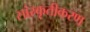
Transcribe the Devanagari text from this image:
सांस्कृतीकरण